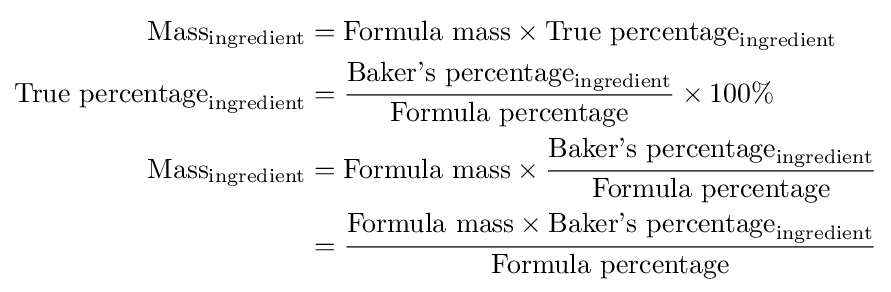
{\begin{aligned}{\text{Mass}}_{\text{ingredient}}&={\text{Formula mass}}\times {\text{True percentage}}_{\text{ingredient}}\\{\text{True percentage}}_{\text{ingredient}}&={\frac {{\text{Baker's percentage}}_{\text{ingredient}}}{\text{Formula percentage}}}\times 100\%\\{\text{Mass}}_{\text{ingredient}}&={\text{Formula mass}}\times {\frac {{\text{Baker's percentage}}_{\text{ingredient}}}{\text{Formula percentage}}}\\&={\frac {{\text{Formula mass}}\times {\text{Baker's percentage}}_{\text{ingredient}}}{\text{Formula percentage}}}\end{aligned}}